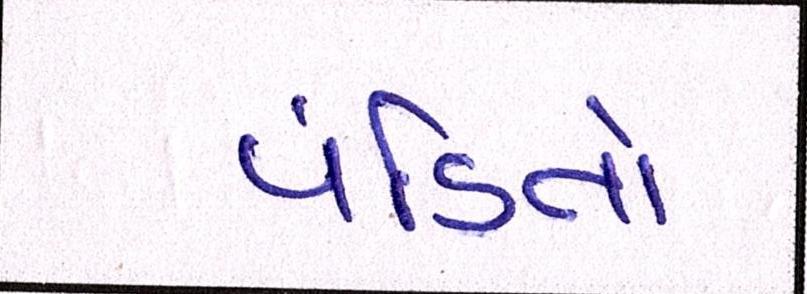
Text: પંડિતો